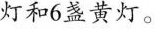
灯和6盏黄灯。